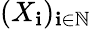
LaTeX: (X_{\mathbf{i}})_{\mathbf{i}\in\mathbb{{N}}}